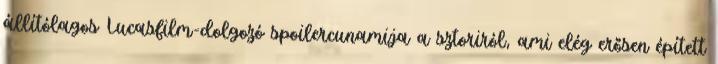
állítólagos Lucasfilm-dolgozó spoilercunamija a sztoriról, ami elég erősen épített